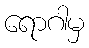
ရောဂါမှ